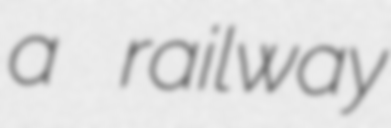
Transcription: a railway